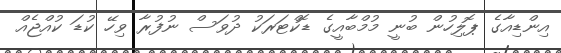
އިންޑިއާގެ ޕޮލިހުން ބުނީ މުމްބާއީގެ ޑޮކްޓަރަކު ދުވަސް ނުފުރާ ވިހޭ ކުޑަ ކުއްޖެއް